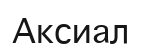
Аксиал